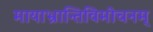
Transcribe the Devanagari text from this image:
मायाभ्रान्तिविमोचनम्